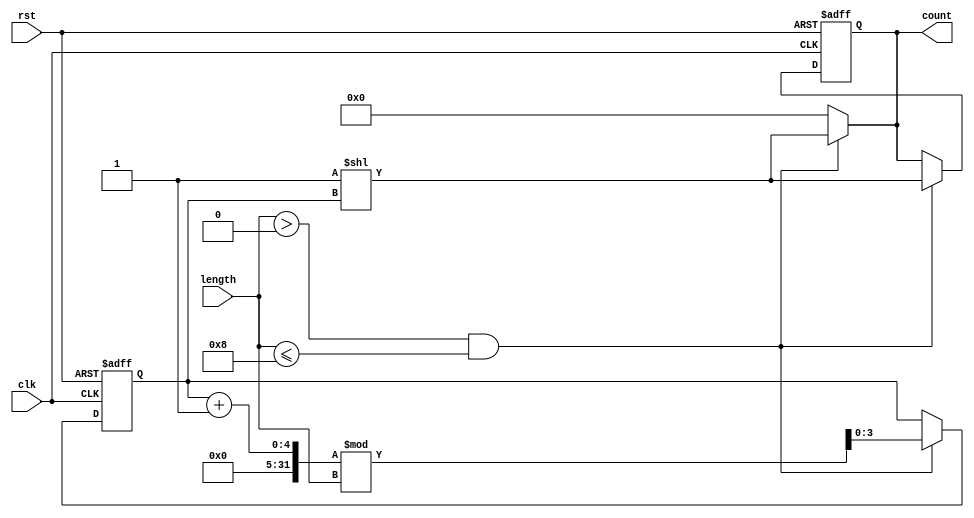
module variable_length_ring_counter #(
    parameter MAX_LENGTH = 8 // Maximum number of flip-flops
)(
    input wire clk,           // Clock signal
    input wire rst,           // Asynchronous reset signal
    input wire [3:0] length,  // Control input to set the length of the counter (0 to MAX_LENGTH)
    output reg [MAX_LENGTH-1:0] count // Output state of the counter
);

    // Internal variable to hold the current active position
    reg [3:0] active_position;

    // Always block for the counter operation
    always @(posedge clk or posedge rst) begin
        if (rst) begin
            // On reset, initialize the counter
            count <= 1'b1; // First flip-flop set to '1'
            active_position <= 0; // Reset active position
        end else if (length > 0 && length <= MAX_LENGTH) begin
            // Shift the active state to the next position
            count <= (1'b1 << active_position); // Set the current active position to '1'
            active_position <= (active_position + 1) % length; // Update active position
        end
    end

    // Always block to manage the output based on the active position
    always @(*) begin
        if (length > 0 && length <= MAX_LENGTH) begin
            count = (1'b1 << active_position); // Set the corresponding flip-flop to '1'
        end else begin
            count = 0; // If invalid length, output zero
        end
    end

endmodule